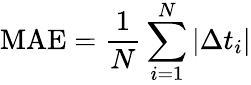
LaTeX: \textup{MAE}=\frac{1}{N}\sum_{i=1}^{N}|\Delta t_{i}|